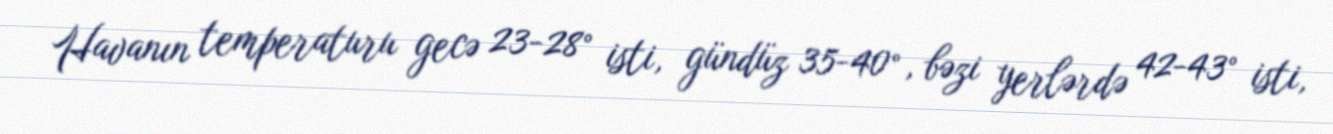
Havanın temperaturu gecə 23-28° isti, gündüz 35-40°, bəzi yerlərdə 42-43° isti,